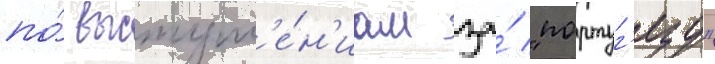
по́ выступл'е́н'иам за́ "португ'езу"